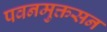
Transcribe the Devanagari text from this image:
पवनमुक्तसन